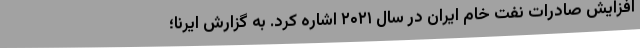
افزایش صادرات نفت خام ایران در سال ۲۰۲۱ اشاره کرد. به گزارش ایرنا؛